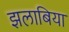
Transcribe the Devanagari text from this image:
झलाबिया